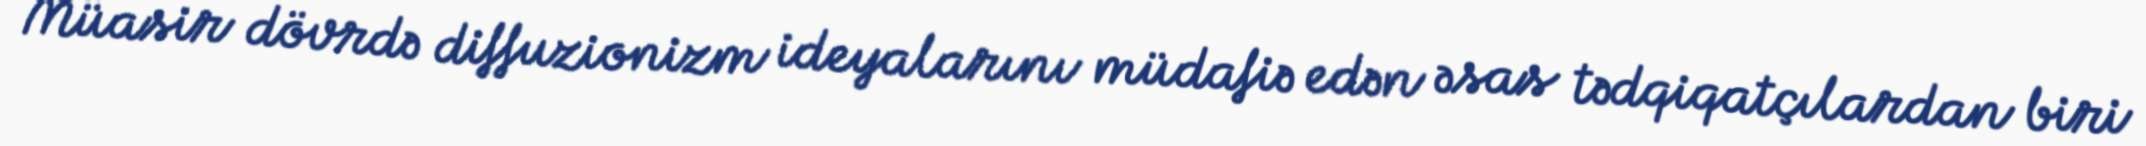
Müasir dövrdə diffuzionizm ideyalarını müdafiə edən əsas tədqiqatçılardan biri